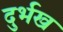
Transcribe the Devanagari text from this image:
दुर्भख